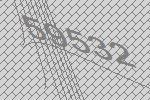
59532